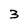
Character: 3